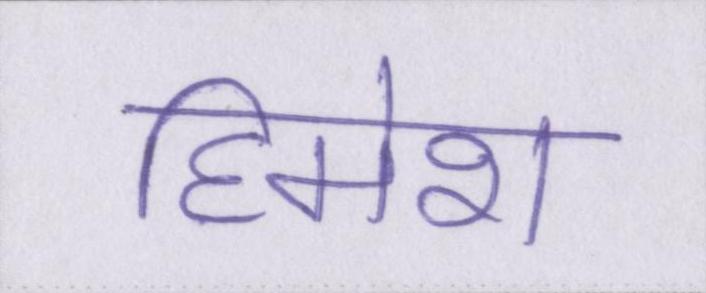
हिमेश